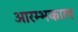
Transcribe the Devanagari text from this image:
आरम्भकाल